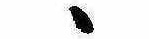
ゝ